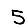
Digit: 5